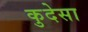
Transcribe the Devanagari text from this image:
कुदेसा